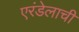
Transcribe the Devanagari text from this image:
एरंडेलाची